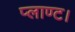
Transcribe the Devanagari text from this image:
प्लाण्ट।